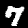
Label: 7